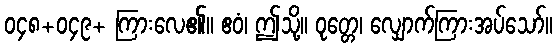
၀၄၈+၀၄၉+ ကြားလေ၏။ ဧဝံ၊ ဤသို့။ ဝုတ္တေ၊ လျှောက်ကြားအပ်သော်။